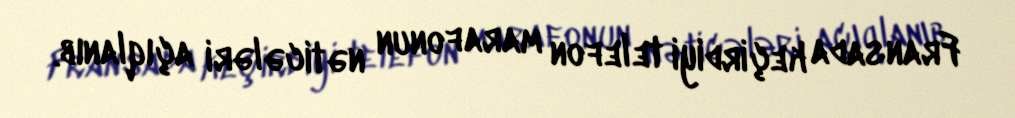
Fransada keçirdiyi telefon marafonun nəticələri açıqlanıb.